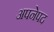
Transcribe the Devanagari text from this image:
अपनेपद